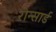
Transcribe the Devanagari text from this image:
रोन्सार्ड